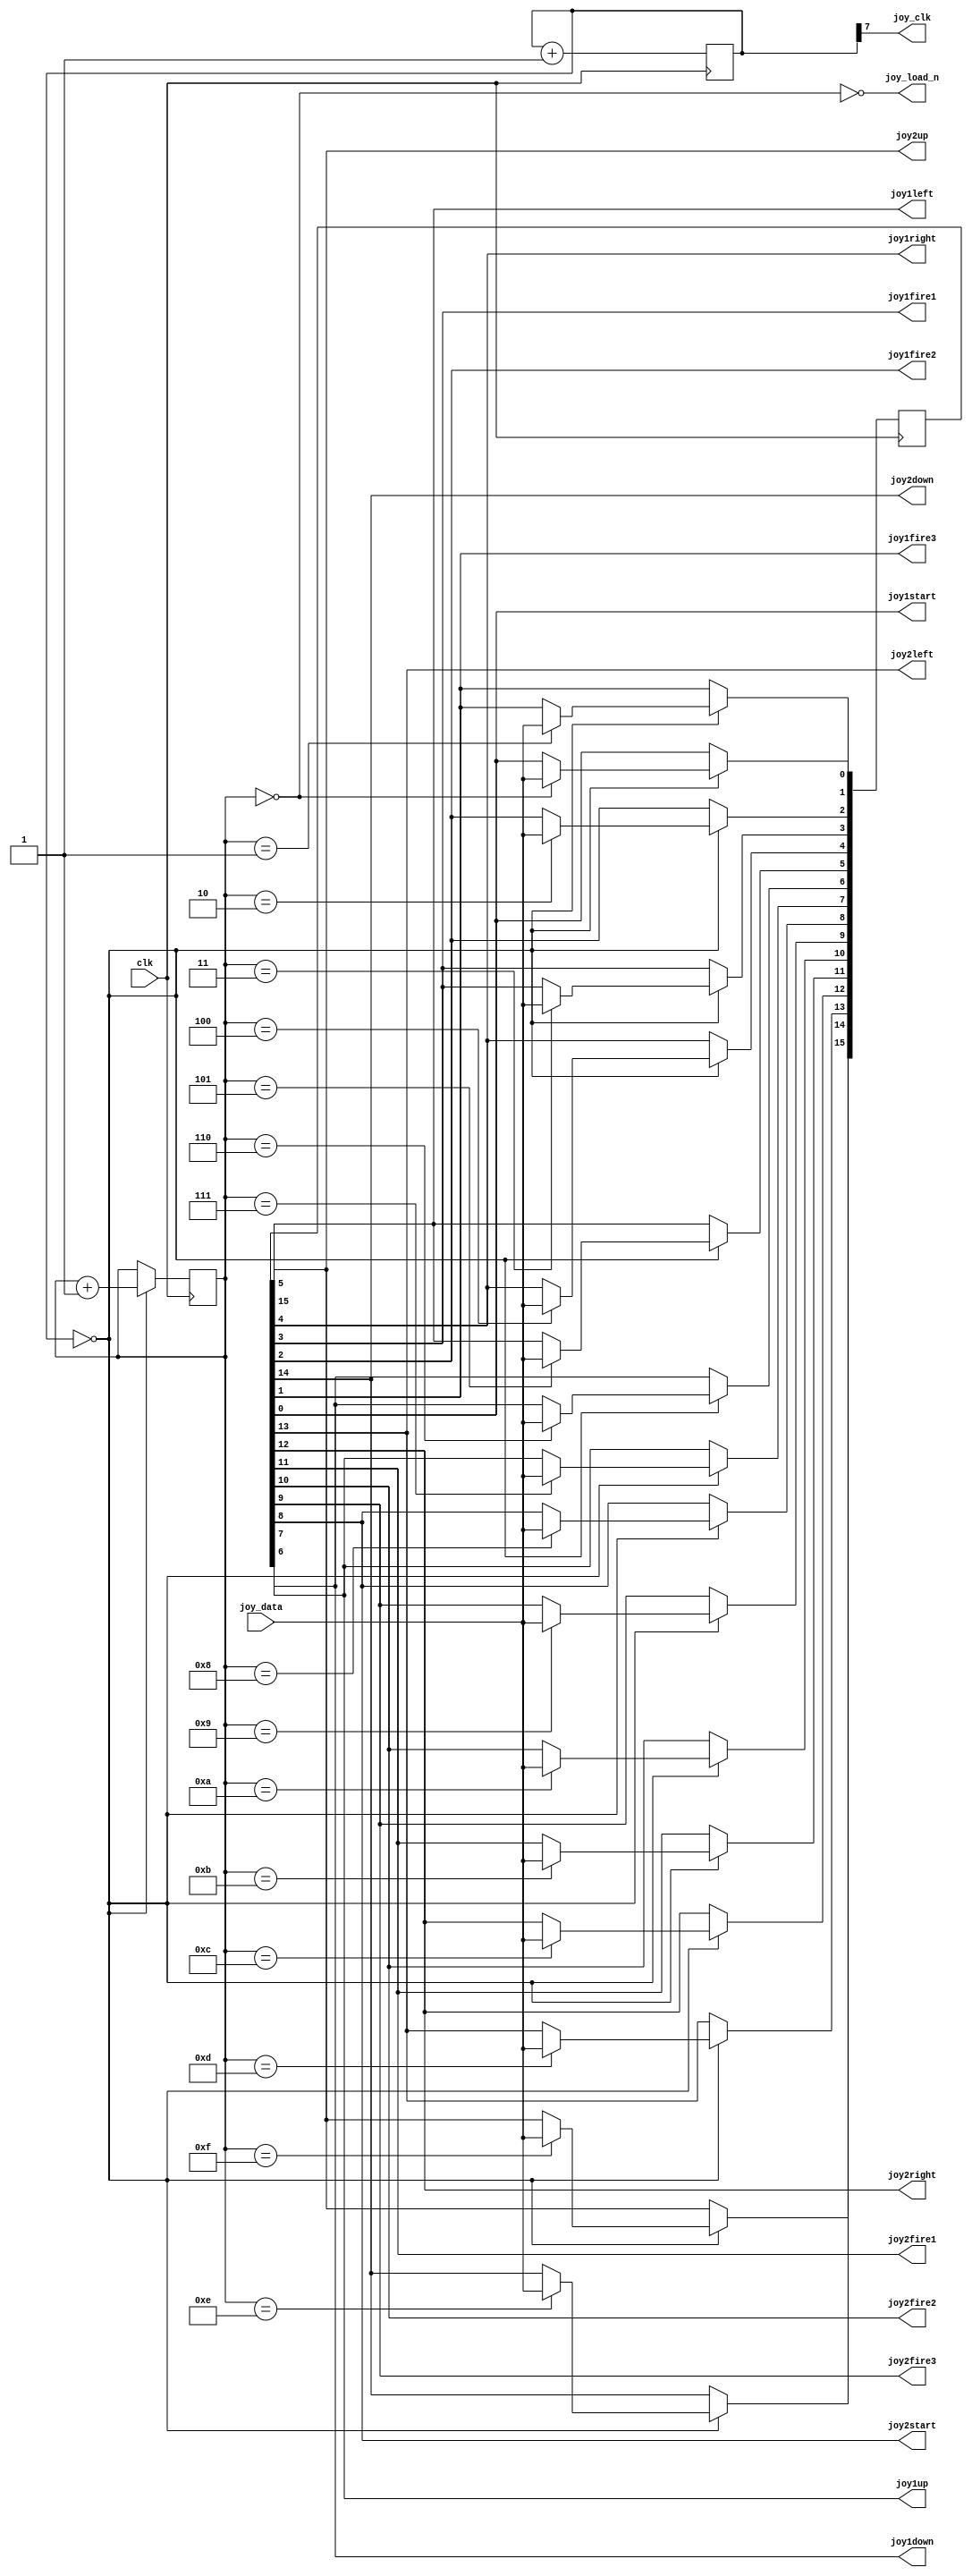
// This program was cloned from: https://github.com/robinsonb5/DeMiSTify
// License: GNU General Public License v3.0

//////////////////////////////////////////////////////////////////////////////////
// Company: 
// Engineer: 
// 
// Design Name: 
// Module Name:    joydecoder 
// Project Name: 
// Target Devices: 
// Tool versions: 
// Description: 
//
// Dependencies: 
//
// Revision: 
// Revision 0.01 - File Created
// Additional Comments: 
//
//////////////////////////////////////////////////////////////////////////////////

module joydecoder (
  input wire clk,
  input wire joy_data,
  output wire joy_clk,
  output wire joy_load_n,
  output wire joy1up,
  output wire joy1down,
  output wire joy1left,
  output wire joy1right,
  output wire joy1fire1,
  output wire joy1fire2,
  output wire joy1fire3,
  output wire joy1start,
  output wire joy2up,
  output wire joy2down,
  output wire joy2left,
  output wire joy2right,
  output wire joy2fire1,
  output wire joy2fire2,
  output wire joy2fire3,
  output wire joy2start  
  );
  
  reg [7:0] clkdivider = 8'h00;
  assign joy_clk = clkdivider[7];
  always @(posedge clk)
    clkdivider <= clkdivider + 8'd1;
  wire clkenable = (clkdivider == 8'h00);

  reg [15:0] joyswitches = 16'hFFFF;
  assign joy1up    = joyswitches[7];
  assign joy1down  = joyswitches[6];
  assign joy1left  = joyswitches[5];
  assign joy1right = joyswitches[4];
  assign joy1fire1 = joyswitches[3];
  assign joy1fire2 = joyswitches[2];
  assign joy1fire3 = joyswitches[1];
  assign joy1start = joyswitches[0];
  assign joy2up    = joyswitches[15];
  assign joy2down  = joyswitches[14];
  assign joy2left  = joyswitches[13];
  assign joy2right = joyswitches[12];
  assign joy2fire1 = joyswitches[11];
  assign joy2fire2 = joyswitches[10];
  assign joy2fire3 = joyswitches[9];
  assign joy2start = joyswitches[8];
  
  reg [3:0] state = 4'd0;
  assign joy_load_n = ~(state == 4'd0);
  
  always @(posedge clk) begin
    if (clkenable == 1'b1) begin
      state <= state + 4'd1;
      //joyswitches[state] <= ~joy_data;
      case (state)
        4'd0:  joyswitches[0]  <= joy_data;
        4'd1:  joyswitches[1]  <= joy_data;
        4'd2:  joyswitches[2]  <= joy_data;
        4'd3:  joyswitches[3]  <= joy_data;
        4'd4:  joyswitches[4]  <= joy_data;
        4'd5:  joyswitches[5]  <= joy_data;
        4'd6:  joyswitches[6]  <= joy_data;
        4'd7:  joyswitches[7]  <= joy_data;
        4'd8:  joyswitches[8]  <= joy_data;
        4'd9:  joyswitches[9]  <= joy_data;
        4'd10: joyswitches[10] <= joy_data;
        4'd11: joyswitches[11] <= joy_data;
        4'd12: joyswitches[12] <= joy_data;
        4'd13: joyswitches[13] <= joy_data;
        4'd14: joyswitches[14] <= joy_data;
        4'd15: joyswitches[15] <= joy_data;
      endcase
    end
  end
endmodule